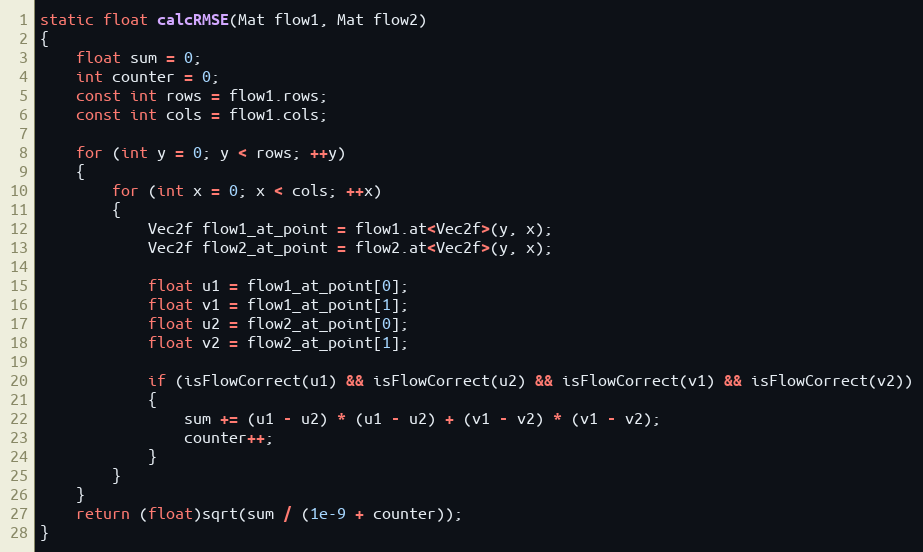
Language: C++
static float calcRMSE(Mat flow1, Mat flow2)
{
    float sum = 0;
    int counter = 0;
    const int rows = flow1.rows;
    const int cols = flow1.cols;

    for (int y = 0; y < rows; ++y)
    {
        for (int x = 0; x < cols; ++x)
        {
            Vec2f flow1_at_point = flow1.at<Vec2f>(y, x);
            Vec2f flow2_at_point = flow2.at<Vec2f>(y, x);

            float u1 = flow1_at_point[0];
            float v1 = flow1_at_point[1];
            float u2 = flow2_at_point[0];
            float v2 = flow2_at_point[1];

            if (isFlowCorrect(u1) && isFlowCorrect(u2) && isFlowCorrect(v1) && isFlowCorrect(v2))
            {
                sum += (u1 - u2) * (u1 - u2) + (v1 - v2) * (v1 - v2);
                counter++;
            }
        }
    }
    return (float)sqrt(sum / (1e-9 + counter));
}